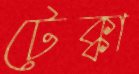
টেক্কা